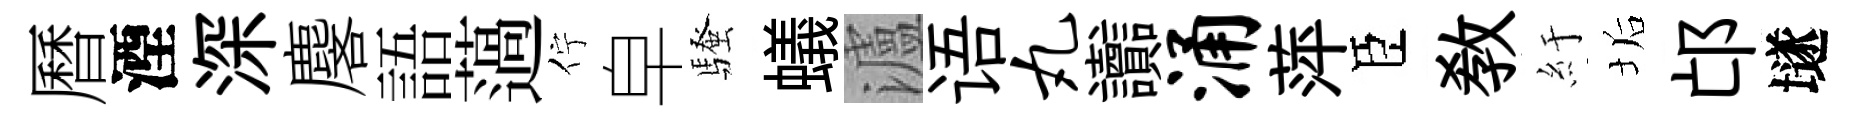
曆湮深麐語薖佇皁騷蟻瀘语丸讟涌萍臣教紆垢邙𡑞